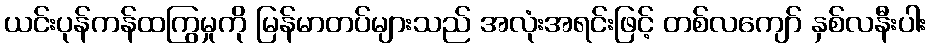
ယင်းပုန်ကန်ထကြွမှုကို မြန်မာတပ်များသည် အလုံးအရင်းဖြင့် တစ်လကျော် နှစ်လနီးပါး